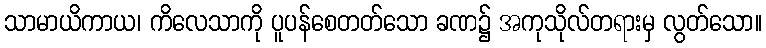
သာမာယိကာယ၊ ကိလေသာကို ပူပန်စေတတ်သော ခဏ၌ အကုသိုလ်တရားမှ လွတ်သော။